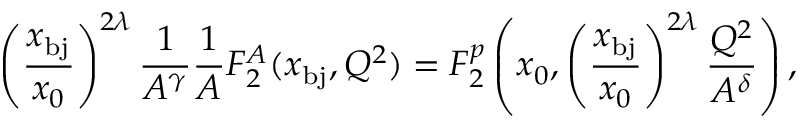
\left( \frac { x _ { \mathrm { b j } } } { x _ { 0 } } \right) ^ { 2 \lambda } \frac { 1 } { A ^ { \gamma } } \frac { 1 } { A } F _ { 2 } ^ { A } ( x _ { \mathrm { b j } } , Q ^ { 2 } ) = F _ { 2 } ^ { p } \left( x _ { 0 } , \left( \frac { x _ { \mathrm { b j } } } { x _ { 0 } } \right) ^ { 2 \lambda } \frac { Q ^ { 2 } } { A ^ { \delta } } \right) ,